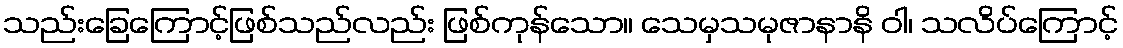
သည်းခြေကြောင့်ဖြစ်သည်လည်း ဖြစ်ကုန်သော။ သေမှသမုဇာနာနိ ဝါ၊ သလိပ်ကြောင့်